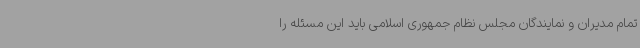
تمام مدیران و نمایندگان مجلس نظام جمهوری اسلامی باید این مسئله را